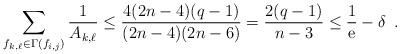
LaTeX: \begin{align*}\sum_{f_{k,\ell} \in \Gamma(f_{i,j})} \frac{1}{A_{k,\ell}} \le\frac{4(2n-4)(q-1)}{(2n-4)(2n-6)} = \frac{2(q-1)}{n-3} \le\frac{1}{\mathrm{e}} - \delta \enspace .\end{align*}